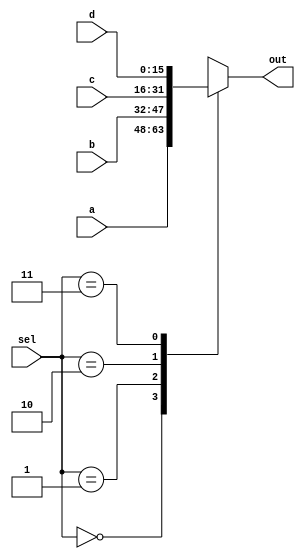
/*
   This file was generated automatically by the Mojo IDE version B1.3.6.
   Do not edit this file directly. Instead edit the original Lucid source.
   This is a temporary file and any changes made to it will be destroyed.
*/

module sel4_2 (
    input [15:0] a,
    input [15:0] b,
    input [15:0] c,
    input [15:0] d,
    input [1:0] sel,
    output reg [15:0] out
  );
  
  
  
  always @* begin
    out = 1'h0;
    
    case (sel)
      2'h0: begin
        out = a;
      end
      2'h1: begin
        out = b;
      end
      2'h2: begin
        out = c;
      end
      2'h3: begin
        out = d;
      end
    endcase
  end
endmodule